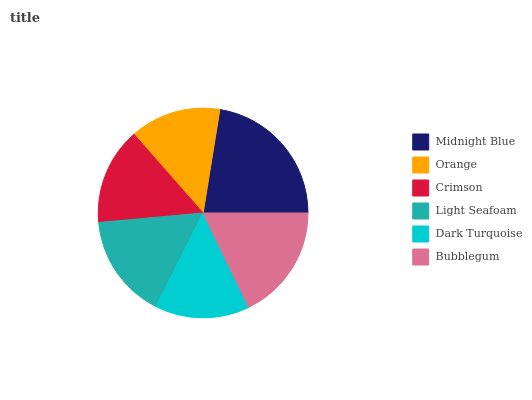
| Midnight Blue | Orange | Crimson | Light Seafoam | Dark Turquoise | Bubblegum |
 | --- | --- | --- | --- | --- | --- |
 | 22.5% | 14% | 15% | 16.1% | 14.6% | 17.8% |